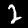
Label: 2